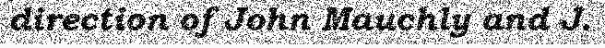
direction of John Mauchly and J.